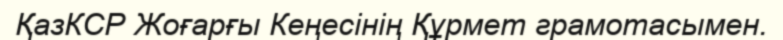
ҚазКСР Жоғарғы Кеңесінің Құрмет грамотасымен.